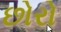
છોરો